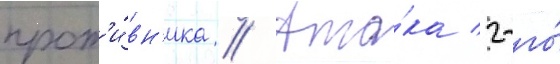
прот'и́вн'ика // Ата́ка 2-го́